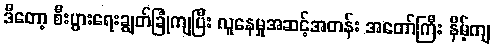
ဒီတော့ စီးပွားရေးချွတ်ခြုံကျပြီး လူနေမှုအဆင့်အတန်း အတော်ကြီး နိမ့်ကျ